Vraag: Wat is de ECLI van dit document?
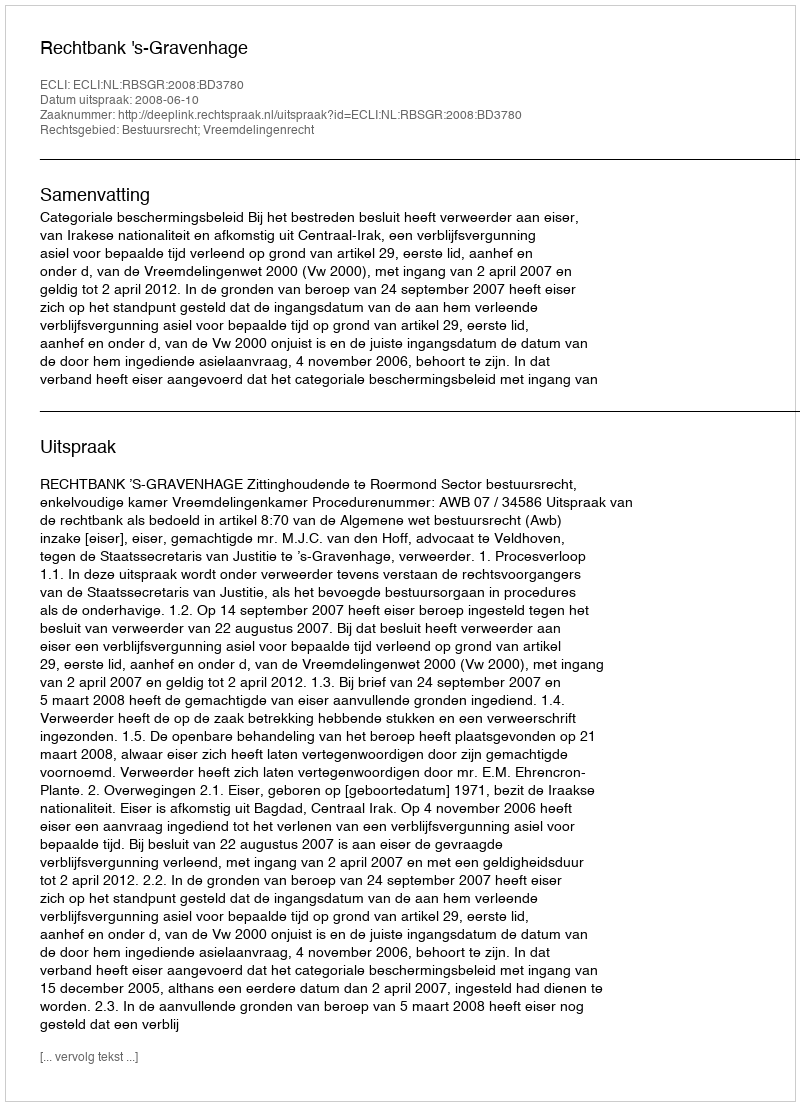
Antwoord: ECLI:NL:RBSGR:2008:BD3780